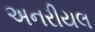
અનરીયલ